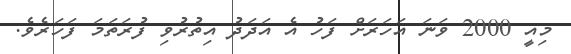
މިއީ 2000 ވަނަ އަހަރަށް ފަހު އެ އަދަދު އިތުރުވި ފުރަތަމަ ފަހަރެވެ.